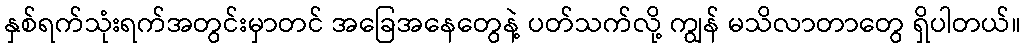
နှစ်ရက်သုံးရက်အတွင်းမှာတင် အခြေအနေတွေနဲ့ ပတ်သက်လို့ ကျွန် မသိလာတာတွေ ရှိပါတယ်။